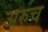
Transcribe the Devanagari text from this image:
अरुच